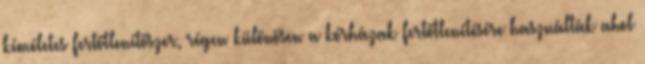
kíméletes fertőtlenítőszer, régen különösen a kórházak fertőtlenítésére használták ahol